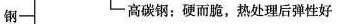
钢- -高碳钢：硬而脆，热处理后弹性好